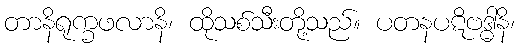
တာနိရုက္ခဖလာနိ၊ ထိုသစ်သီးတို့သည်။ ပတနပဋိဗဒ္ဓါနိ၊